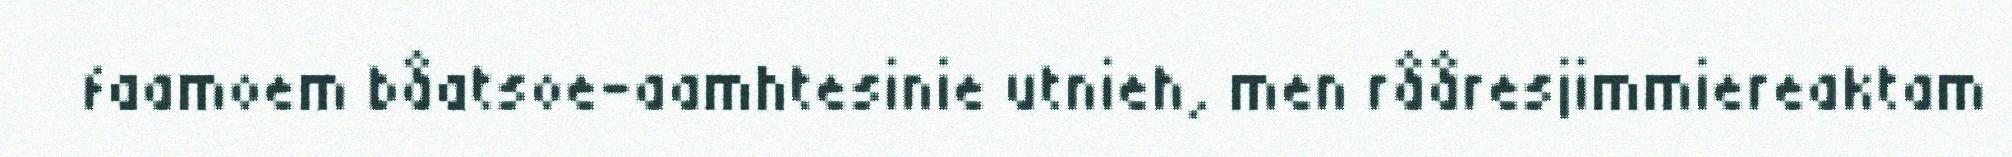
faamoem båatsoe-aamhtesinie utnieh, men rååresjimmiereaktam